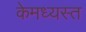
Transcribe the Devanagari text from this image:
केमध्यस्त